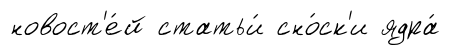
новост'е́й статьи́ сно́ск'и ядра́